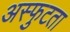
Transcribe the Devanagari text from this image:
अस्फुटता